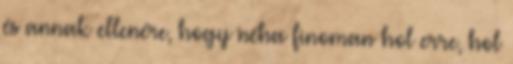
és annak ellenére, hogy néha finoman hol erre, hol